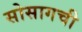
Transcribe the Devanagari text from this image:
सोसागची